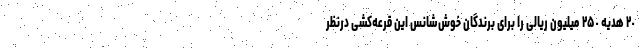
٢٠ هدیه ٢۵٠ میلیون ریالی را برای برندگان خوش‌شانس این قرعه‌کشی درنظر